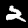
Label: 2